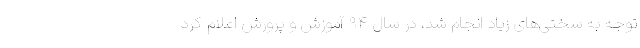
توجه به سختی‌های زیاد انجام شد، در سال ۹۴ آموزش و پرورش اعلام کرد